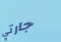
جارتي